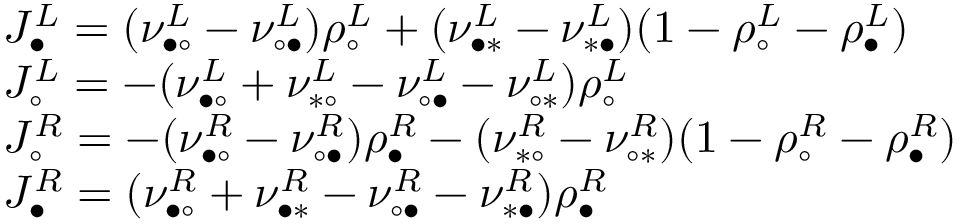
\begin{array} { r l } & { J _ { \bullet } ^ { L } = ( \nu _ { \bullet \circ } ^ { L } - \nu _ { \circ \bullet } ^ { L } ) \rho _ { \circ } ^ { L } + ( \nu _ { \bullet \ast } ^ { L } - \nu _ { \ast \bullet } ^ { L } ) ( 1 - \rho _ { \circ } ^ { L } - \rho _ { \bullet } ^ { L } ) } \\ & { J _ { \circ } ^ { L } = - ( \nu _ { \bullet \circ } ^ { L } + \nu _ { \ast \circ } ^ { L } - \nu _ { \circ \bullet } ^ { L } - \nu _ { \circ \ast } ^ { L } ) \rho _ { \circ } ^ { L } } \\ & { J _ { \circ } ^ { R } = - ( \nu _ { \bullet \circ } ^ { R } - \nu _ { \circ \bullet } ^ { R } ) \rho _ { \bullet } ^ { R } - ( \nu _ { \ast \circ } ^ { R } - \nu _ { \circ \ast } ^ { R } ) ( 1 - \rho _ { \circ } ^ { R } - \rho _ { \bullet } ^ { R } ) } \\ & { J _ { \bullet } ^ { R } = ( \nu _ { \bullet \circ } ^ { R } + \nu _ { \bullet \ast } ^ { R } - \nu _ { \circ \bullet } ^ { R } - \nu _ { \ast \bullet } ^ { R } ) \rho _ { \bullet } ^ { R } } \end{array}